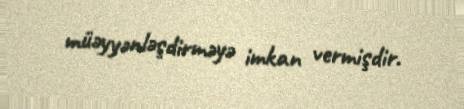
müəyyənləşdirməyə imkan vermişdir.